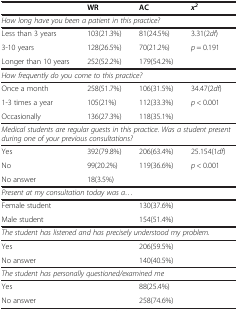
<table><thead><tr><td><b> </b></td><td><b>WR</b></td><td><b>AC</b></td><td><b><i>x</i><sup><i>2</i></sup></b></td></tr></thead><tbody><tr><td colspan="4"><i>How long have you been a patient in this practice?</i></td></tr><tr><td>Less than 3 years</td><td>103(21.3%)</td><td>81(24.5%)</td><td>3.31(2<i>df</i>)</td></tr><tr><td>3-10 years</td><td>128(26.5%)</td><td>70(21.2%)</td><td><i>p</i> = 0.191</td></tr><tr><td>Longer than 10 years</td><td>252(52.2%)</td><td>179(54.2%)</td><td> </td></tr><tr><td colspan="4"><i>How frequently do you come to this practice?</i></td></tr><tr><td>Once a month</td><td>258(51.7%)</td><td>106(31.5%)</td><td>34.47(2<i>df</i>)</td></tr><tr><td>1-3 times a year</td><td>105(21%)</td><td>112(33.3%)</td><td><i>p</i> &lt; 0.001</td></tr><tr><td>Occasionally</td><td>136(27.3%)</td><td>118(35.1%)</td><td> </td></tr><tr><td colspan="4"><i>Medical students are regular guests in this practice. Was a student present during one of your previous consultations?</i></td></tr><tr><td>Yes</td><td>392(79.8%)</td><td>206(63.4%)</td><td>25.154(1<i>df</i>)</td></tr><tr><td>No</td><td>99(20.2%)</td><td>119(36.6%)</td><td><i>p</i> &lt; 0.001</td></tr><tr><td>No answer</td><td>18(3.5%)</td><td> </td><td> </td></tr><tr><td colspan="4"><i>Present at my consultation today was a...</i></td></tr><tr><td>Female student</td><td> </td><td>130(37.6%)</td><td> </td></tr><tr><td>Male student</td><td> </td><td>154(51.4%)</td><td> </td></tr><tr><td colspan="4"><i>The student has listened and has precisely understood my problem.</i></td></tr><tr><td>Yes</td><td> </td><td>206(59.5%)</td><td> </td></tr><tr><td>No answer</td><td> </td><td>140(40.5%)</td><td> </td></tr><tr><td colspan="4"><i>The student has personally questioned/examined me</i></td></tr><tr><td>Yes</td><td> </td><td>88(25.4%)</td><td> </td></tr><tr><td>No answer</td><td> </td><td>258(74.6%)</td><td> </td></tr></tbody></table>